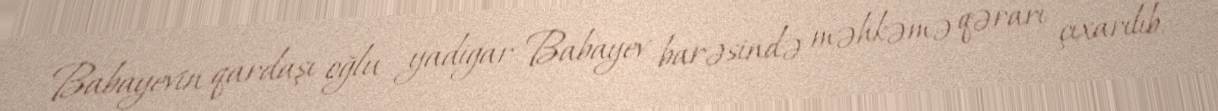
Babayevin qardaşı oğlu yadigar Babayev barəsində məhkəmə qərarı çıxarılıb.